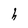
Character: h